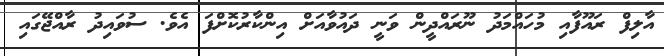
އާލިފް ރައޫފާއި މުހައްމަދު ނޫރައްދީން ވަނީ ދައުވާއަށް އިންކާރުކޮށްފަ އެވެ. ސުވައިދު ރާއްޖޭގައި